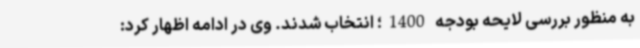
به منظور بررسی لایحه بودجه 1400؛ انتخاب شدند. وی در ادامه اظهار کرد: